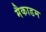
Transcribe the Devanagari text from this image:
मैकाडम